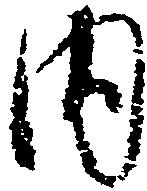
内